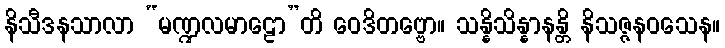
နိသီဒနသာလာ “မဏ္ဍလမာဠော”တိ ဝေဒိတဗ္ဗော။ သန္နိသိန္နာနန္တိ နိသဇ္ဇနဝသေန။